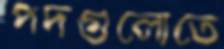
পদগুলোতে